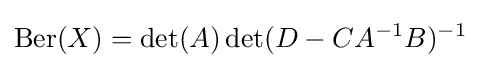
\operatorname {Ber} (X)=\det(A)\det(D-CA^{-1}B)^{-1}